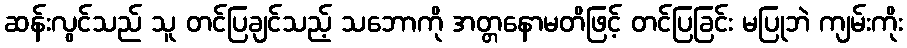
ဆန်းလွင်သည် သူ တင်ပြချင်သည့် သဘောကို အတ္တနောမတိဖြင့် တင်ပြခြင်း မပြုဘဲ ကျမ်းကိုး